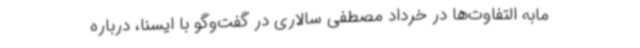
مابه التفاوت‌ها در خرداد مصطفی سالاری در گفت‌وگو با ایسنا، درباره